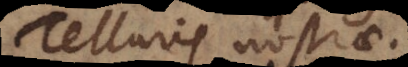
Telluris nostrae.